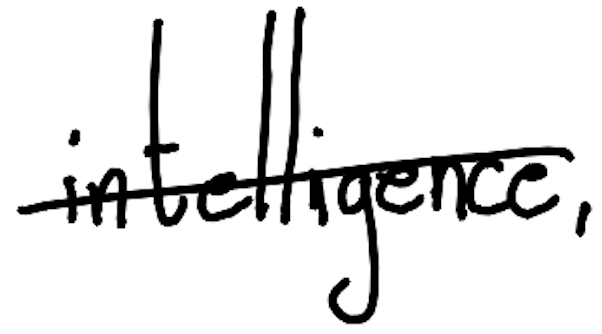
Text: intelligence,
Cross-out: single-line
Writing tool: digital_black